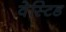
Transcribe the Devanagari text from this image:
वेस्टिड